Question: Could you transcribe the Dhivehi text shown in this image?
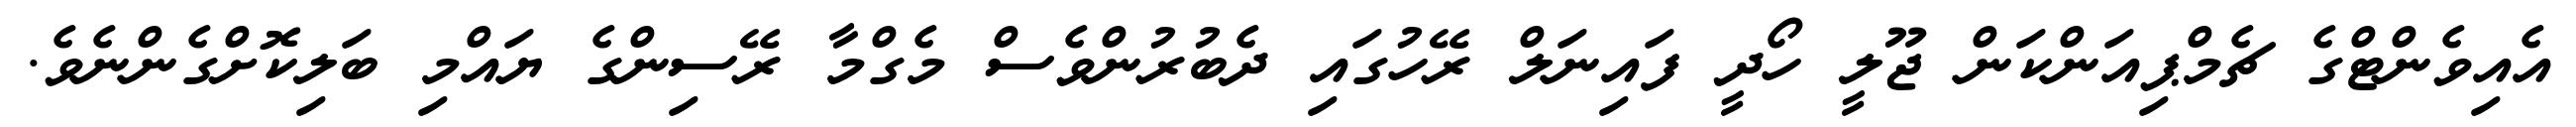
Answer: އެއިވެންޓްގެ ޗެމްޕިއަންކަން ޖޫލީ ހޯދީ ފައިނަލް ރޭހުގައި ދެބުރުންވެސް މެގްމާ ރޭސިންގެ ޔައްމި ބަލިކޮށްގެންނެވެ.